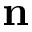
\mathbf { n }